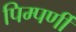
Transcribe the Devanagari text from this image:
पिम्पर्णी